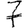
Digit: 7